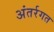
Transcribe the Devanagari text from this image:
अंतर्रगत